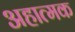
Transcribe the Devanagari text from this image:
अहात्मक